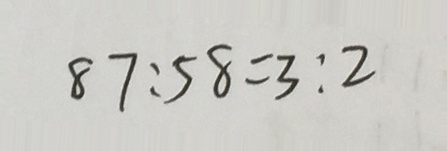
8 7 : 5 8 = 3 : 2